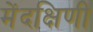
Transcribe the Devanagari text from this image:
मेंदक्षिणी